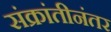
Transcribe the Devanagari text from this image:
संक्रांतीनंतर